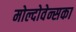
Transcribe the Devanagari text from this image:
मोल्दोवेन्सका